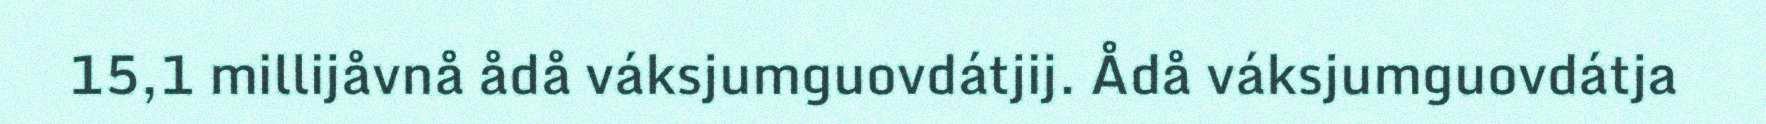
15,1 millijåvnå ådå váksjumguovdátjij. Ådå váksjumguovdátja